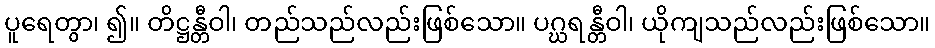
ပူရေတွာ၊ ၍။ တိဋ္ဌန္တီဝါ၊ တည်သည်လည်းဖြစ်သော။ ပဂ္ဃရန္တီဝါ၊ ယိုကျသည်လည်းဖြစ်သော။